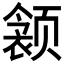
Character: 𲋁